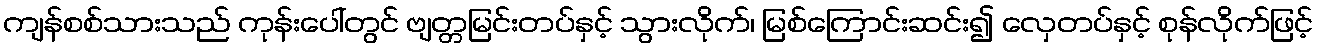
ကျန်စစ်သားသည် ကုန်းပေါ်တွင် ဗျတ္တမြင်းတပ်နှင့် သွားလိုက်၊ မြစ်ကြောင်းဆင်း၍ လှေတပ်နှင့် စုန်လိုက်ဖြင့်